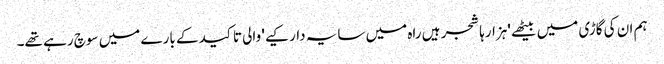
ہم ان کی گاڑی میں بیٹھے 'ہزارہا شجر ہیں راہ میں سایہ دار کیے' والی تاکید کے بارے میں سوچ رہے تھے۔